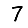
Digit: 7